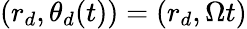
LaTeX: (r_{d},\theta_{d}(t))=(r_{d},\Omega t)